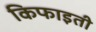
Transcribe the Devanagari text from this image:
किफाइती